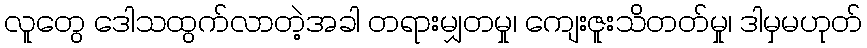
လူတွေ ဒေါသထွက်လာတဲ့အခါ တရားမျှတမှု၊ ကျေးဇူးသိတတ်မှု၊ ဒါမှမဟုတ်